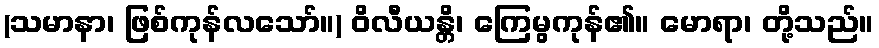
(သမာနာ၊ ဖြစ်ကုန်လသော်။) ဝိလီယန္တိ၊ ကြေမွကုန်၏။ မောရာ၊ တို့သည်။